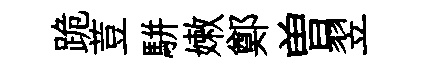
跪荳駢嫩鄭曽翌